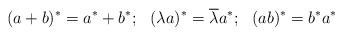
LaTeX: \begin{align*}(a+b)^{*}=a^{*}+b^{*};~~(\lambda a)^{*}=\overline{\lambda}a^{*};~~(ab)^{*}=b^{*}a^{*}\end{align*}